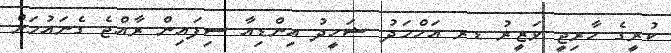
ކުރީގެ ހާރިޖީ ވަޒީރު ޑރ އަހްމަދު ޝަހީދު އިންޑިއާ ސިފައިން ރާއްޖެ ގެނައުމަށް